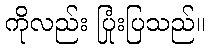
ကိုလည်း ပြုံးပြသည်။